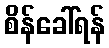
စိန်ခေါ်ရန်